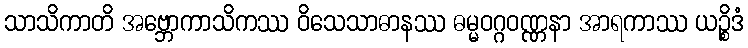
သာသိကာတိ အဗ္ဘောကာသိကဿ ဝိသေသာဓာနဿ ဓမ္မဝဂ္ဂဝဏ္ဏနာ အာရကာဿ ယဉ္စိဒံ